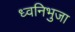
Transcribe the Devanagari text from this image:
ध्वनिभुजा